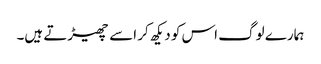
ہمارے لوگ اس کو دیکھ کر اسے چھیڑتے ہیں۔